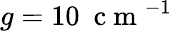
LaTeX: g=10~\mathrm{~c~m~}^{-1}